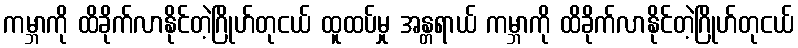
ကမ္ဘာကို ထိခိုက်လာနိုင်တဲ့ဂြိုဟ်တုငယ် ထူထပ်မှု အန္တရာယ် ကမ္ဘာကို ထိခိုက်လာနိုင်တဲ့ဂြိုဟ်တုငယ်